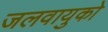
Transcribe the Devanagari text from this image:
जलवायुको